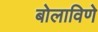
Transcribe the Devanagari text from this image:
बोलाविणे